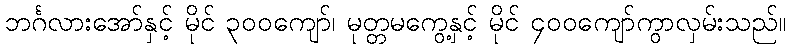
ဘင်္ဂလားအော်နှင့် မိုင် ၃၀၀ကျော်၊ မုတ္တမကွေ့နှင့် မိုင် ၄၀၀ကျော်ကွာလှမ်းသည်။